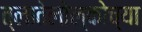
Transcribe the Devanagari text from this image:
त्लातेलोल्कोच्या